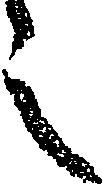
之